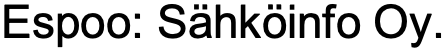
Espoo: Sähköinfo Oy.